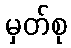
မှတ်စု